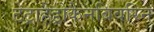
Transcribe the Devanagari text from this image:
टेट्राहैड्रोकैनबिवरिन